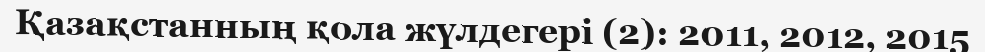
Қазақстанның қола жүлдегері (2): 2011, 2012, 2015